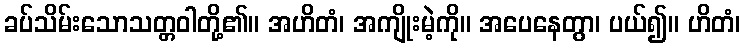
ခပ်သိမ်းသောသတ္တဝါတို့၏။ အဟိတံ၊ အကျိုးမဲ့ကို။ အပေနေတွာ၊ ပယ်၍။ ဟိတံ၊